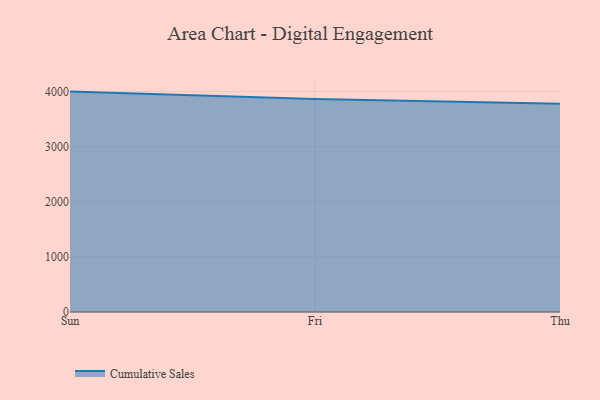
{"axis": {"x": "Day", "y": "Market Share (%)"}, "legend": ["Cumulative Sales"], "data": [{"x": "Sun", "y": 3999.6, "type": "Cumulative Sales"}, {"x": "Fri", "y": 3866.6, "type": "Cumulative Sales"}, {"x": "Thu", "y": 3779.8, "type": "Cumulative Sales"}]}